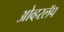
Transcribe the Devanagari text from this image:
ओव्हरलॅप